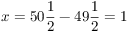
x = 5 0 { \frac { 1 } { 2 } } - 4 9 { \frac { 1 } { 2 } } = 1